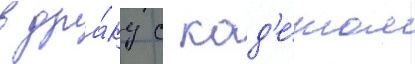
в дра́ку с кад'е́том